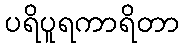
ပရိပူရကာရိတာ